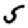
Digit: 5